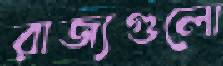
রাজ্যগুলো